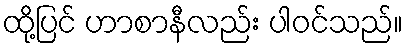
ထို့ပြင် ဟာစာနီလည်း ပါဝင်သည်။